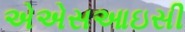
એએસઆઇસી